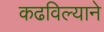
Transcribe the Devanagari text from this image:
कढविल्याने